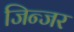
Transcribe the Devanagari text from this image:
जिन्जर